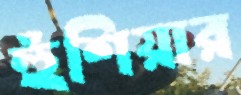
হুঁশিয়ার